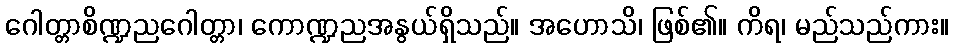
ဂေါတ္တာစိဏ္ဍညဂေါတ္တာ၊ ကောဏ္ဍညအနွယ်ရှိသည်။ အဟောသိ၊ ဖြစ်၏။ ကိရ၊ မည်သည်ကား။